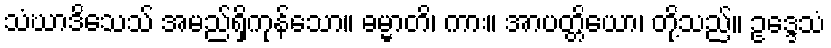
သံဃာဒိသေသ် အမည်ရှိကုန်သော။ ဓမ္မာတိ၊ ကား။ အာပတ္တိယော၊ တို့သည်။ ဥဒ္ဒေသံ